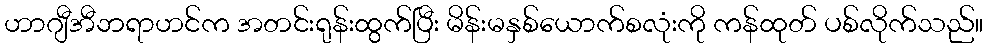
ဟာဂျီအီဘရာဟင်က အတင်းရုန်းထွက်ပြီး မိန်းမနှစ်ယောက်စလုံးကို ကန်ထုတ် ပစ်လိုက်သည်။